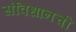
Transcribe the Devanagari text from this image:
संविधानची